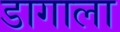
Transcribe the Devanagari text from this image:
डागाला